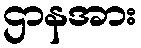
ဌာနအား